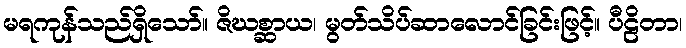
မရကုန်သည်ရှိသော်။ ဇိဃစ္ဆာယ၊ မွတ်သိပ်ဆာလောင်ခြင်းဖြင့်။ ပီဠိတာ၊